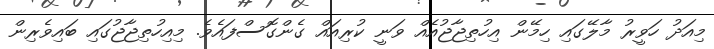
މިއަދު ހަވީރު މާލޭގައި ހިމޭން އިހުތިޖާޖުއެއް ވަނީ ކުރިއައް ގެންގޮސްފައެވެ. މިއިހުތިޖާޖުގައި ބައިވެރިން